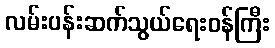
လမ်းပန်းဆက်သွယ်ရေးဝန်ကြီး